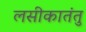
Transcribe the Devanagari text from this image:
लसीकातंतु